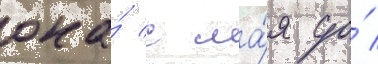
она́ с ма́я до́